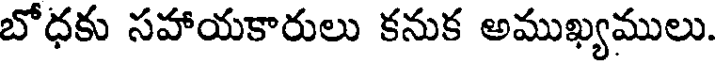
బోధకు సహాయకారులు కనుక అముఖ్యములు.